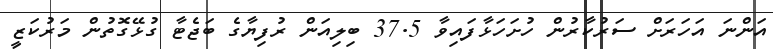
އަންނަ އަހަރަށް ސަރުކާރުން ހުށަހަޅާފައިވާ 37.5 ބިލިއަން ރުފިޔާގެ ބަޖެޓާ ގުޅޭގޮތުން މަރުކަޒީ